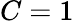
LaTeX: C=1